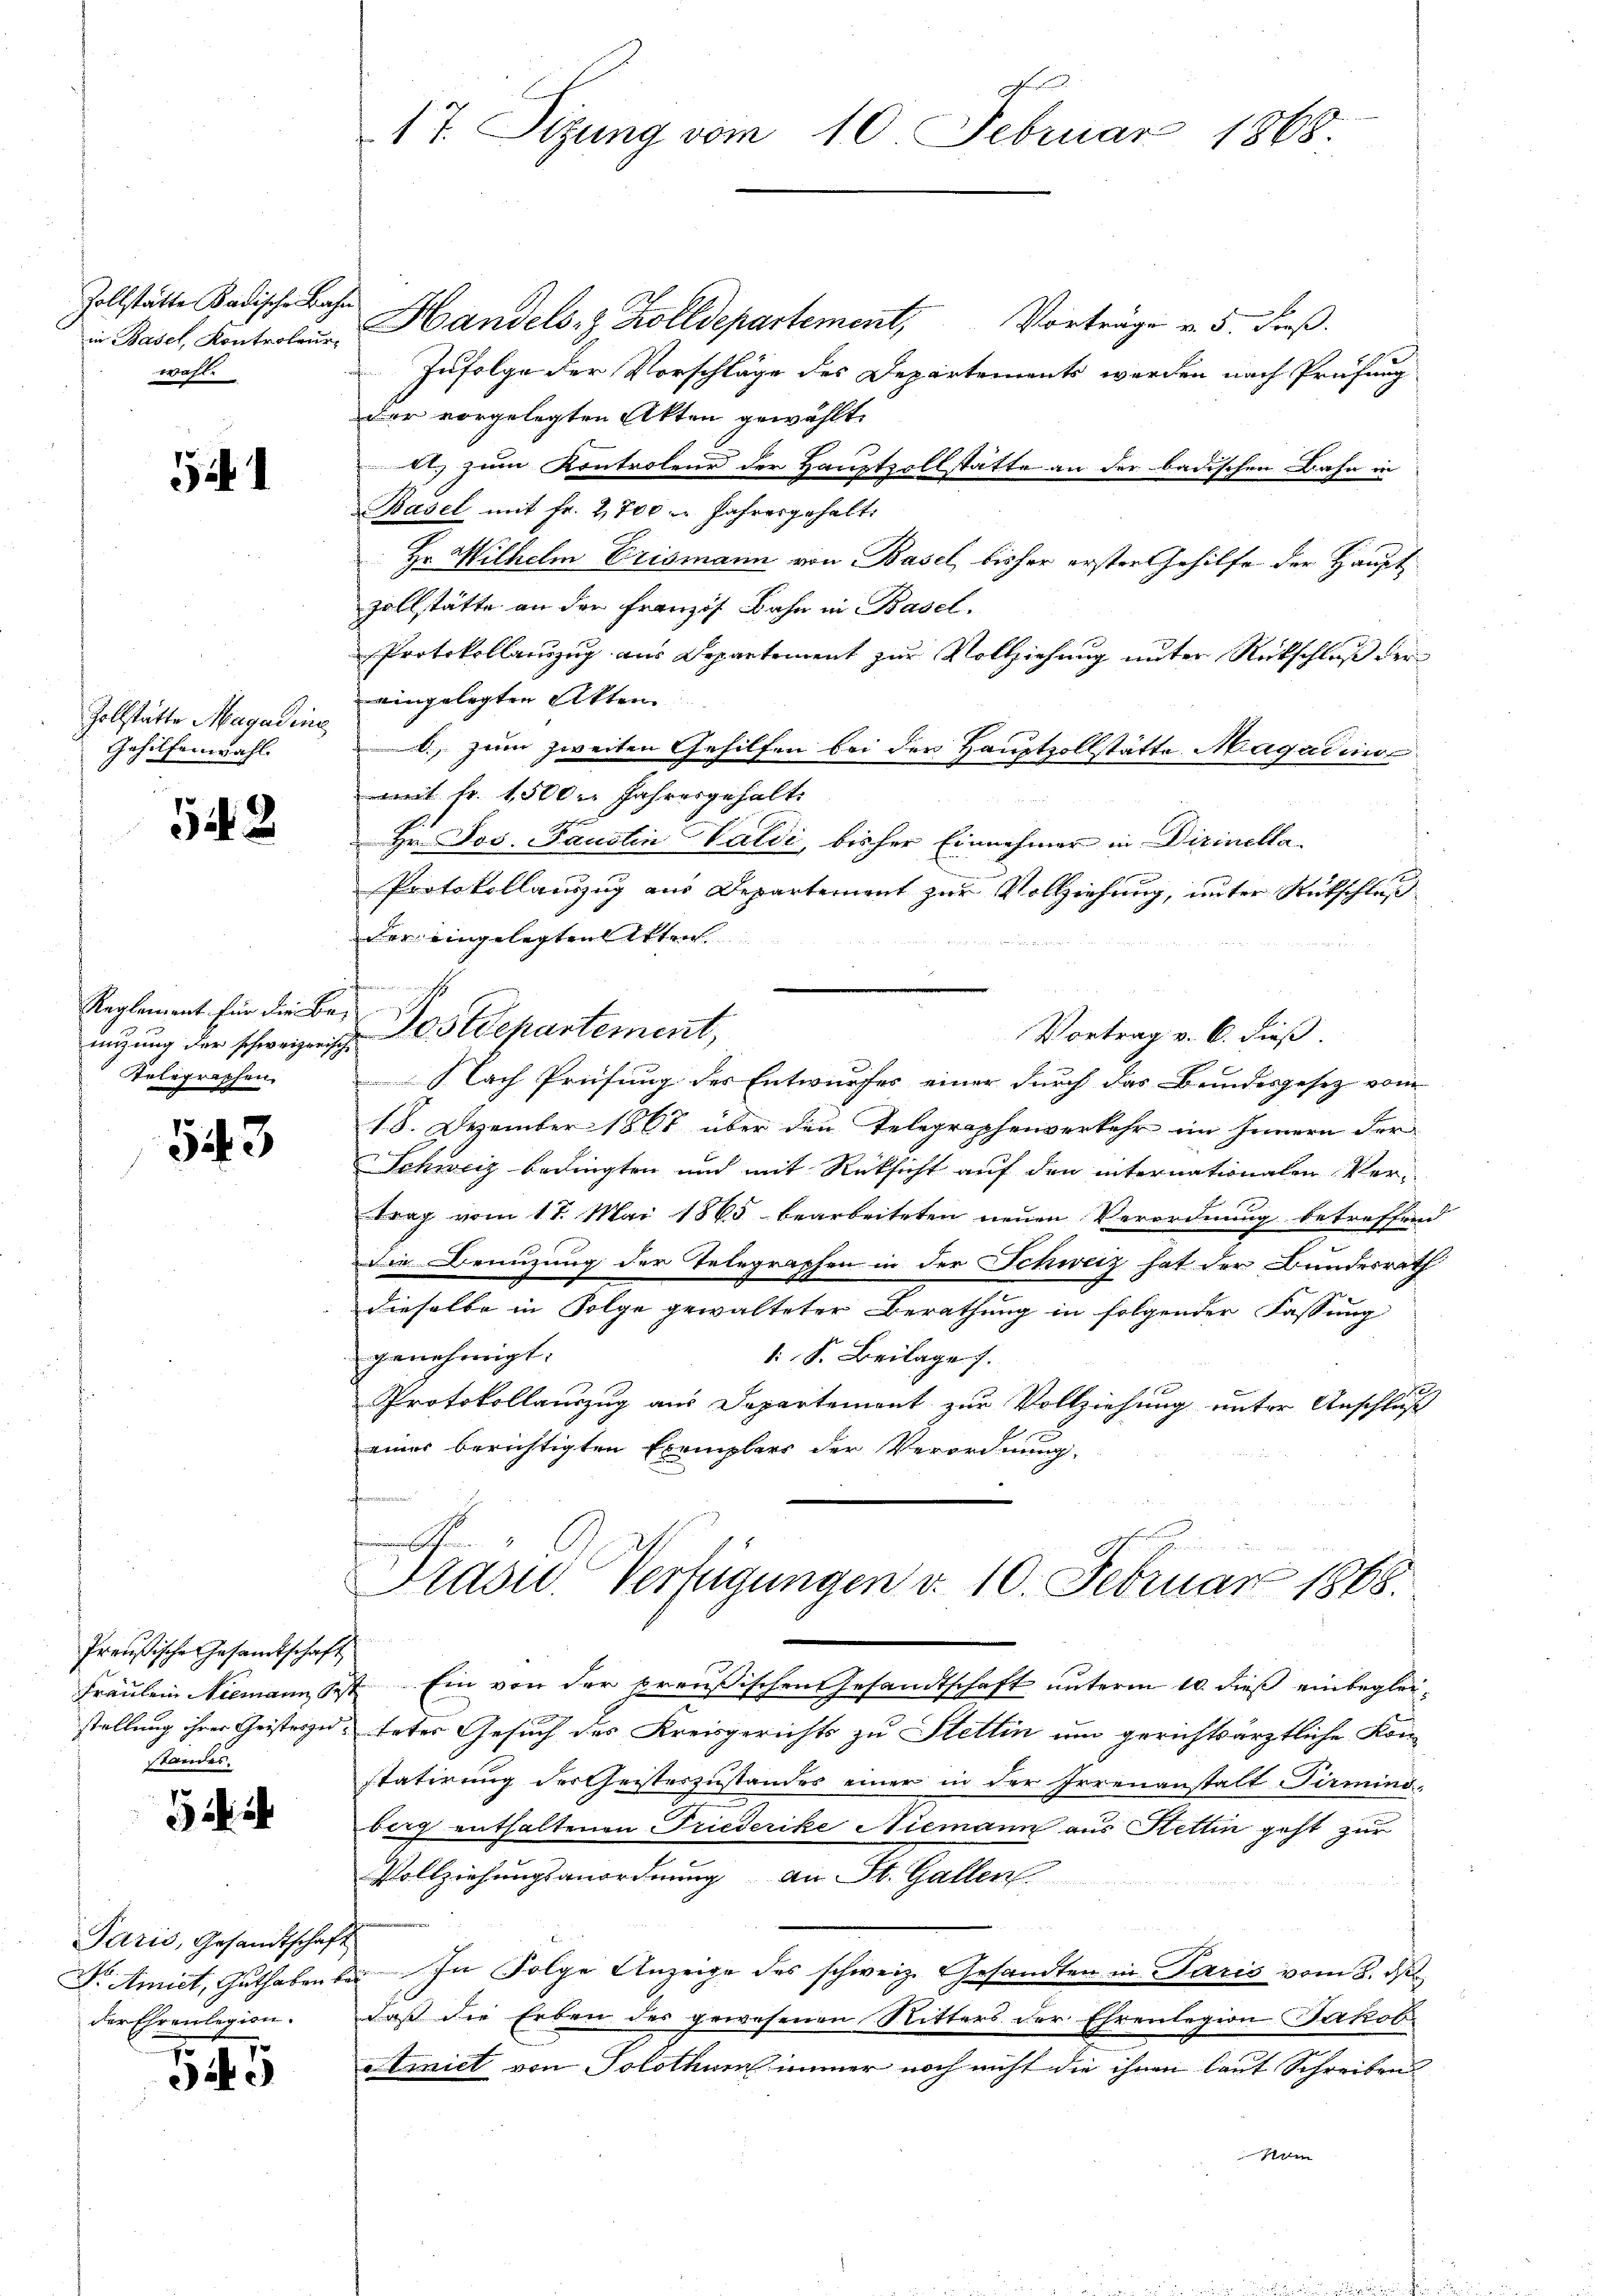
Zollstätte Badische Bahin Basel, Kontroleur-
wohl.

i

Zollstätte Magading
Gehilfenwahl.

2

Reglement für die Benizung der schweizerisch
Telegraphen

543.

Preußische Gesandtschaft
standes.

5 i

Paris, Gesandtschaf
Dr. Amict, Guthaben.
der Ehrenlegion.

529

17. Sitzung vom 10. Februar 1868.

i
Handels- & Zolldepartement,
Vorträge v. 5. Faß.
Infolge der Vorschläge des Departements werden nach Prüfung
der vorgelegten Akten gewählt.
tt. zum Kontroleur der Hauptzollstätte an der badischen Bahn in
Basel mit Fr. 2800  Jahresgehalt
Hr. Wilhelm Crismann von Basel, bisher erster Gehilfe der Haupt
zollstätte an der Französ. Bahn in Basel.
Protokollauszug aus Departement zur Vollziehung unter Rückschluß der
eingelegten Akten
b. zum zweiten Gehilfen bei der Hauptvollstätte. Magazin
mit fr. 1,500. Jahresgehalt.
Hr. Jos. Faustin Valdi, bisher Einnehmer in Dirinella¬
Protokollauszug aus Departement zur Vollziehung, unter Rutschluß
der eingelegten Akten

wenn wir in den He
e Postdepartement,
Vortrag v. 6. dieß.
2
Nach Prüfung des Entwurfes einer durch das Bundesgesez vom
18. Dezember 1867 über den Telegraphenverkehr im Innern der
Schweiz bedingten und mit Rücksicht auf den internationalen Ver-
trag vom 17. Mai 1865 bearbeiteten neŭen Verordnung betreffend
Die Benuzung der Telegraphen in der Schweiz hat der Bundesrath
dieselbe in Folge gewalteter Berathung in folgender Fassung
genehmigt.
1 S. Beilage f
Protokollauszug aus Departement zur Vollziehung unter Anschluß
eines berichtigten Exemplars der Verordnung

Prasse Verfügungen d. 10. Februar 1868.

Fräulein Niemann est Ein von der preußischen Gesandtschaft unterm 10. dieß einbegleistellung ihrer Geisteszusteter Gesuch des Kreisgerichts zu Stettin um gerichtsärztliche Kon-
statirung der Geisterzustandes einer in der Irrenanstalt Pirmino-
berg enthaltenen Triederike Niemann aus Hettin geht zur
Vollziehungsanordnung an St. Gallen
.
In Folge Anzeige des schweiz. Gesandten in Paris vom 8. ds.
daß die Erben des gewesenen Ritters der Ehrenlegion Jakob
tmiet von Solothum immer noch nicht die ihnen laut Schreiben
u